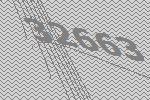
32663